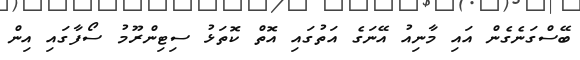
ބޭސްގަނެގެން އައި މާނިއު އޭނަގެ އަތުގައި އޮތް ކޮތަޅު ސިޓިންރޫމު ސޯފާގައި އިން